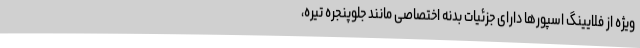
ویژه از فلایینگ اسپورها دارای جزئیات بدنه اختصاصی مانند جلوپنجره تیره،